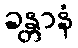
ခန္တာနံ